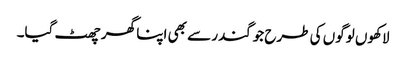
لاکھوں لوگوں کی طرح جوگندر سے بھی اپنا گھر چھٹ گیا۔